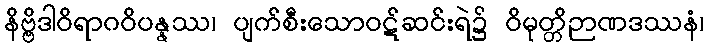
နိဗ္ဗိဒါဝိရာဂဝိပန္နဿ၊ ပျက်စီးသောဝဋ်ဆင်းရဲ၌ ဝိမုတ္တိဉာဏဒဿနံ၊